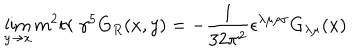
\lim _ { y \rightarrow x } m ^ { 2 } t r \ \gamma ^ { 5 } G _ { R } ( x , y ) = - \frac { 1 } { 3 2 \pi ^ { 2 } } \epsilon ^ { \lambda \mu \rho \sigma } G _ { \lambda \mu } ( x )